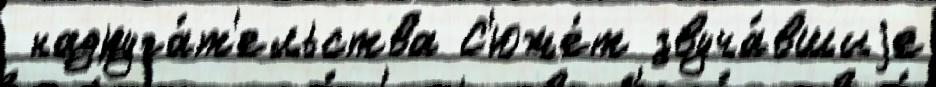
 надруга́т'ельства С'юже́т звуча́вшиjе